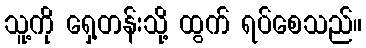
သူ့ကို ရှေ့တန်းသို့ ထွက် ရပ်စေသည်။